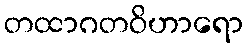
တထာဂတဝိဟာရော